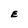
Character: E